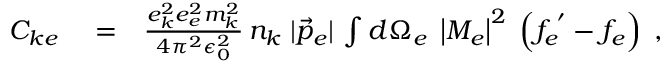
\begin{array} { r l r } { C _ { k e } } & { { } = } & { \frac { e _ { k } ^ { 2 } e _ { e } ^ { 2 } m _ { k } ^ { 2 } } { 4 \pi ^ { 2 } \epsilon _ { 0 } ^ { 2 } } \, n _ { k } \; | \vec { p } _ { e } | \, \int d \Omega _ { e } \; \left| M _ { e } \right| ^ { 2 } \; \left( f _ { e } ^ { \; ^ { \prime } } - f _ { e } \right) \; , } \end{array}